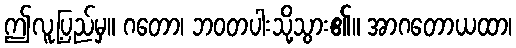
ဤလူ့ပြည်မှ။ ဂတော၊ ဘဝတပါးသို့သွား၏။ အာဂတောယထာ၊